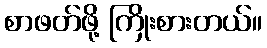
စာဖတ်ဖို့ ကြိုးစားတယ်။